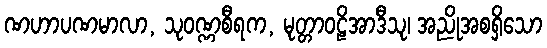
ဏဟာပဏမာလာ, သုဝဏ္ဏစီရက, မုတ္တာဝဠိအာဒီသု၊ အညိုအစရှိသော